Civil Veterinary Dept. Assam report 1927-50 - 1927-1950
Year: 1927
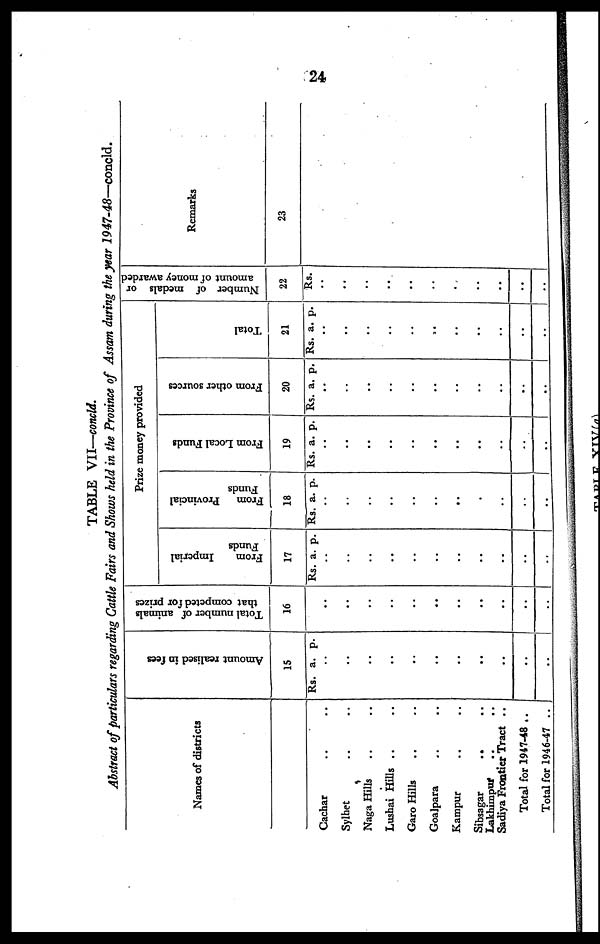
24
TABLE VII—concld.
Abstract of particulars regarding Cattle Fairs and Shows held in the Province of Assam during the year 1947-48—concld.
Names of districts
Cachar .. ..
Sylhet .. ..
Naga Hills .. ..
Lushai Hills .. .. ..
Garo Hills .. ..
Goalpara .. ..
Kampur .. ..
Sibsagar .. ..
Lakhimpur .. ..
Sadiya Frontier Tract ..
Total for 1947-48 ..
Total for 1946-47 ..
Amount realised in fees
15
Rs. a. p.
..
..
..
..
..
..
..
..
..
..
..
..
Total number of animals
that competed for prizes
16
..
..
..
..
..
..
..
..
..
..
..
..
Prize money provided
From Imperial
F
unds
17
Rs.
..
..
..
..
..
..
..
..
..
..
a.
..
..
p.
From Provincial
Funds
18
Rs.
..
..
..
..
.
.
..
..
.
..
.
a.
..
.
.
.
.
p.
From Local Funds
1
9
Rs.
.
.
.
.
.
.
..
..
..
.
..
.
a.
.
.
.
.
.
.
.
.
p.
From other sources
20
Rs.
..
..
..
..
..
..
..
..
..
..
a.
..
..
p.
Total
21
Rs.
..
.
..
..
.
..
.
.
..
a.
..
..
..
.
.
.
.
p.
Number of medals or
amount of money awarded
22
Rs.
..
..
..
..
..
..
..
..
..
..
..
..
Remarks
23